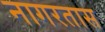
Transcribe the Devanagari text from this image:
नागरतास